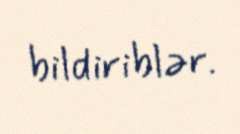
bildiriblər.